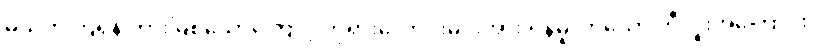
မသတ်ကြရန် တားမြစ်သောကြောင့် ဘုရားလောင်းမင်းအား ရန်မူလာသော ဘီလူးအကြောင်း။